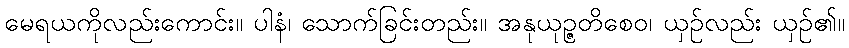
မေရယကိုလည်းကောင်း။ ပါနံ၊ သောက်ခြင်းတည်း။ အနုယုဉ္ဇတိစေဝ၊ ယှဉ်လည်း ယှဉ်၏။